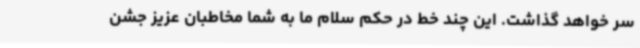
سر خواهد گذاشت. این چند خط در حکم سلام ما به شما مخاطبان عزیز جشن